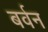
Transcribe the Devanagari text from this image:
बर्वन